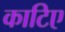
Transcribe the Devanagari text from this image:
काटिए